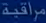
مرافقة